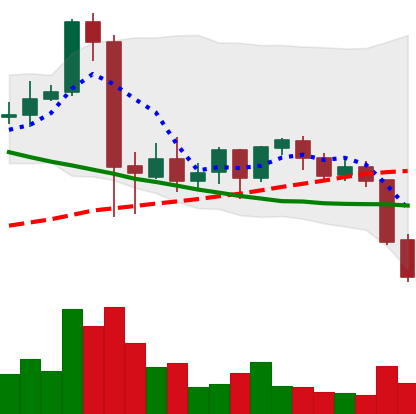
Ticker: NEO-USD
Chart end date: 2021-09-21
Forward return: 3.318%
Label: up_3_5